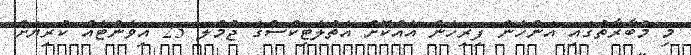
މި މުބާރާތުގައި އަންހެން ފިރިހެން އެއްކޮށް އެތުލެޓިކްސްގެ ޖުމްލަ 23 އިވެންޓެއް ކުރިޔަށް